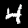
Label: 4